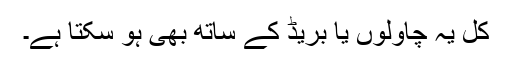
کل یہ چاولوں یا بریڈ کے ساتھ بھی ہو سکتا ہے۔